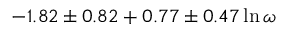
- 1 . 8 2 \pm 0 . 8 2 + 0 . 7 7 \pm 0 . 4 7 \ln \omega